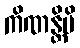
ကိဏန္တိပိ